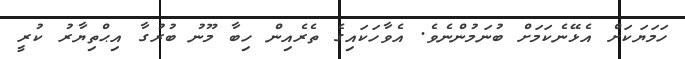
ހަމަޔަކަށް އެޅޭނެކަމަށް ބުނަމުންނެވެ. އެވާހަކައިގެ ތެރެއިން ހިބާ މޫނު ބުރުގާ އިޙްތިޔާރު ކުރީ